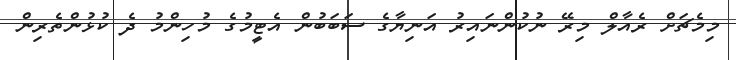
މިމެޗަށް ރެއާލް މިރޭ ނުކުންނައިރު އަނިޔާގެ ސަބަބުން އެޓީމުގެ މުހިންމު ދެ ކުޅުންތެރިން